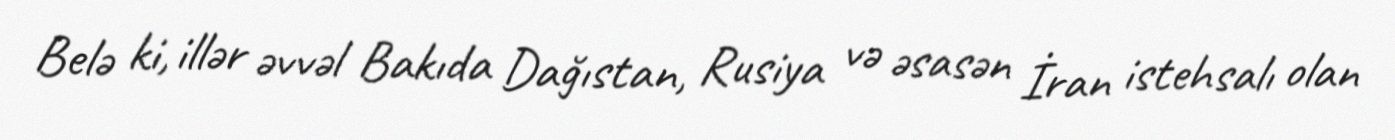
Belə ki, illər əvvəl Bakıda Dağıstan, Rusiya və əsasən İran istehsalı olan